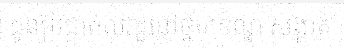
ជូនប្រជាពលរដ្ឋនៅថ្នាក់ខណ្ឌ សង្កាត់